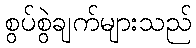
စွပ်စွဲချက်များသည်